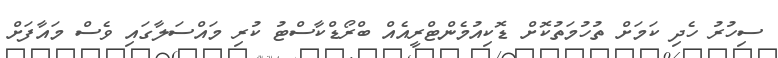
ސިހުރު ހެދި ކަމަށް ތުހުމަތުކޮށް ޑޮކިއުމެންޓްރީއެއް ބްރޯޑްކާސްޓު ކުރި މައްސަލާގައި ވެސް މައާފަށް